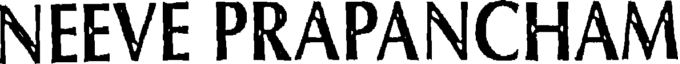
NEEVE PRAPANCHAM